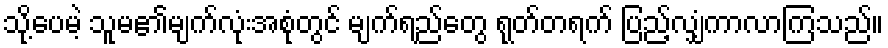
သို့ပေမဲ့ သူမ၏မျက်လုံးအစုံတွင် မျက်ရည်တွေ ရုတ်တရက် ပြည့်လျှံကာလာကြသည်။